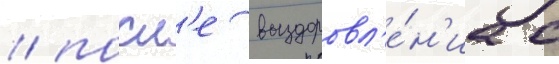
/ посл'е выздоровл'е́н'иа с